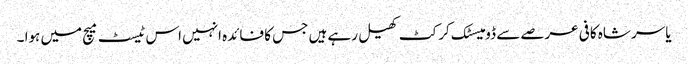
یاسر شاہ کافی عرصے سے ڈومیسٹک کرکٹ کھیل رہے ہیں جس کا فائدہ انہیں اس ٹیسٹ میچ میں ہوا ۔